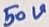
Text: 50V